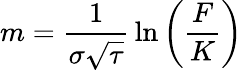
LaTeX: m={\frac{1}{\sigma{\sqrt{\tau}}}}\ln\left({\frac{F}{K}}\right)